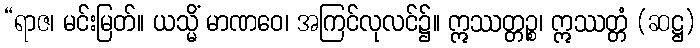
“ရာဇ၊ မင်းမြတ်။ ယသ္မိံ မာဏဝေ၊ အကြင်လုလင်၌။ ဣဿတ္တဉ္စ၊ ဣဿတ္တံ (ဆဋ္ဌ)